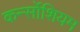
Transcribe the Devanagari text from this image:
कर्न्सोशियम